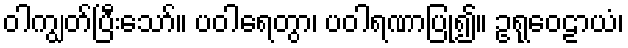
ဝါကျွတ်ပြီးသော်။ ပဝါရေတွာ၊ ပဝါရဏာပြု၍။ ဥရုဝေဠာယံ၊